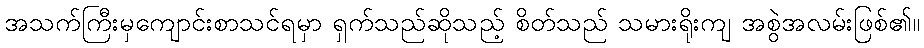
အသက်ကြီးမှကျောင်းစာသင်ရမှာ ရှက်သည်ဆိုသည့် စိတ်သည် သမားရိုးကျ အစွဲအလမ်းဖြစ်၏။